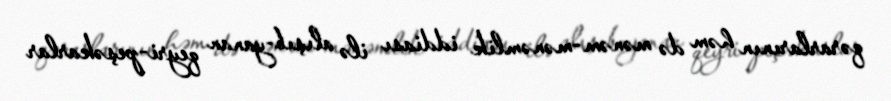
qərarlarının həm də mənəm-mənəmlik iddiası ilə alışıb-yanan qeyri-peşəkarlar